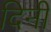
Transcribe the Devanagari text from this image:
दिनीं